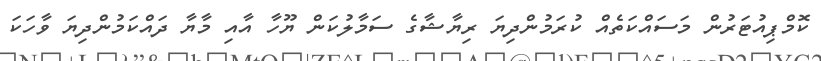
ކޮމްޕިއުޓަރުން މަސައްކަތެއް ކުރަމުންދިޔަ ރިޔާޝާގެ ސަމާލުކަން ޔޫހާ އާއި މާޔާ ދައްކަމުންދިޔަ ވާހަކަ